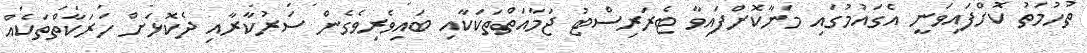
ތުހުމަތު ކޮށްފައިވަނީ އެގައުމުގައި މަނާކޮށްފައިވާ ޓެރަރިސްޓު ޖަމާއަތްތަކަކާއި ބައިވެރިވެގެން ސަރުކާރާއި ދެކޮޅަށް ހަރަކާތްތަކެއް